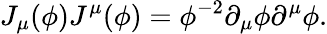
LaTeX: J_{\mu}(\phi)J^{\mu}(\phi)=\phi^{-2}\partial_{\mu}\phi\partial^{\mu}\phi.